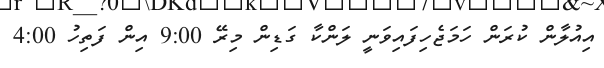
އިއުލާން ކުރަން ހަމަޖެހިފައިވަނީ ލަންކާ ގަޑިން މިރޭ 9:00 އިން ފަތިހު 4:00